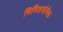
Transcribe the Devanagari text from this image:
बिबिलयोथैक